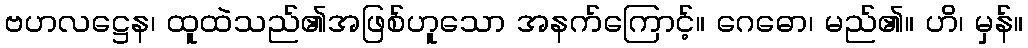
ဗဟလဋ္ဌေန၊ ထူထဲသည်၏အဖြစ်ဟူသော အနက်ကြောင့်။ ဂေဓော၊ မည်၏။ ဟိ၊ မှန်။